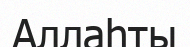
Аллаһты